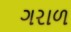
ગરાળ